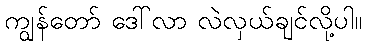
ကျွန်တော် ဒေါ်လာ လဲလှယ်ချင်လို့ပါ။